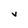
Character: v